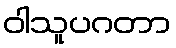
ဝါသူပဂတာ